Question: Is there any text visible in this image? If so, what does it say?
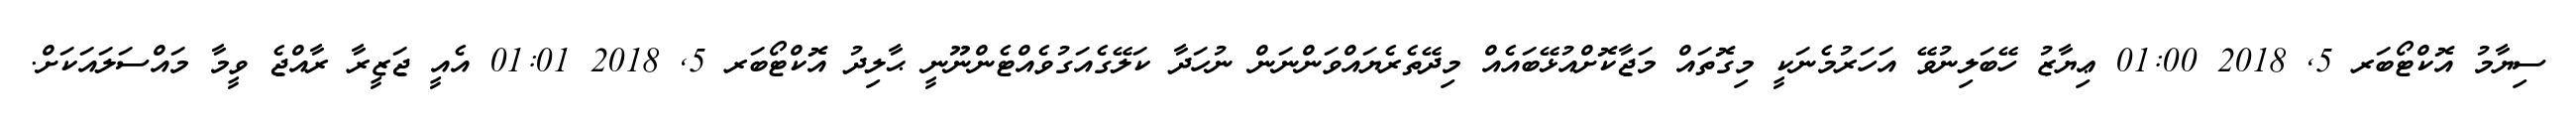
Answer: ސިޔާމު އޮކްޓޯބަރ 5, 2018 01:00 ޢިޔާޒު ހޭބަލިނުވޭ އަހަރުމެނަކީ މިގޮތައް މަޖާކޮށްއުޅޭބައެއް މިދޭތެރެޔައްވަންނަން ނުހަދާ ކަލޭގެއަގުވެއްޓެންނޫނީ ޙާލިދު އޮކްޓޯބަރ 5, 2018 01:01 އެއީ ޖަޒީރާ ރާއްޖެ ވީމާ މައްސަލައަކަށް.